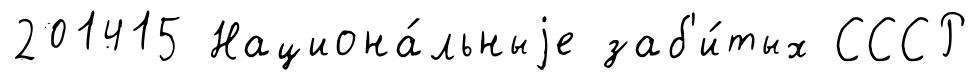
201415 Национа́льныjе заб'и́тых СССР